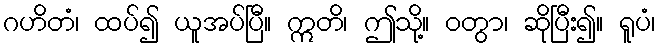
ဂဟိတံ၊ ထပ်၍ ယူအပ်ပြီ။ ဣတိ၊ ဤသို့။ ဝတွာ၊ ဆိုပြီး၍။ ရူပံ၊